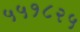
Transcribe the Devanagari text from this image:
५५१८२५